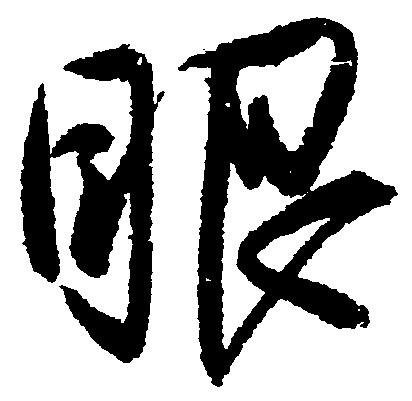
眼